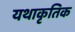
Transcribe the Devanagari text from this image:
यथाकृतिक